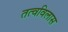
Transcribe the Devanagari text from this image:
तत्वविलास